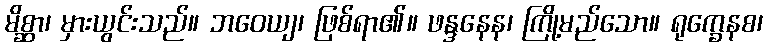
မိစ္ဆာ၊ မှားယွင်းသည်။ ဘဝေယျ၊ ဖြစ်ရာ၏။ ဖန္ဒနေန၊ ကြို့မည်သော။ ရုက္ခေနစ၊